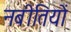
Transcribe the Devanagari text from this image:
नबीतियों